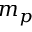
m _ { p }